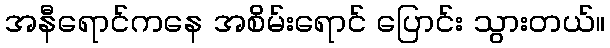
အနီရောင်ကနေ အစိမ်းရောင် ပြောင်း သွားတယ်။